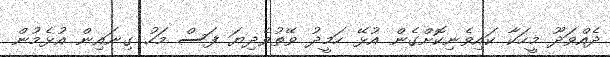
ދެއްވަދޫ މީހަކާ ކައިވެނިކޮށްގެން އުޅޭ ހަމީދު ވޭތުވެދިޔަ ފަސް މަހު ގިނައިން އުޅެމުން